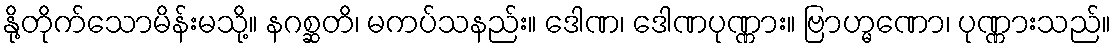
နို့တိုက်သောမိန်းမသို့။ နဂစ္ဆတိ၊ မကပ်သနည်း။ ဒေါဏ၊ ဒေါဏပုဏ္ဏား။ ဗြာဟ္မဏော၊ ပုဏ္ဏားသည်။